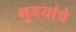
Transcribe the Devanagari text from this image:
भुवयांचे